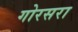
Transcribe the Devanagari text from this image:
गोरसरा